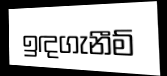
ඉඳගැනීම්